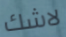
لاشك